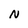
Character: N